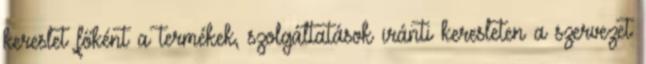
kereslet főként a termékek, szolgáltatások iránti keresleten a szervezet